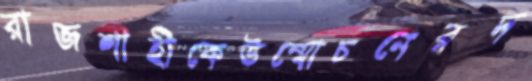
রাজশাহীকেউন্মোচনেরদ